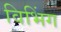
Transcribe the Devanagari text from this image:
विभिंग